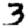
Digit: 3